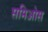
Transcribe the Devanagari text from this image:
समिओस